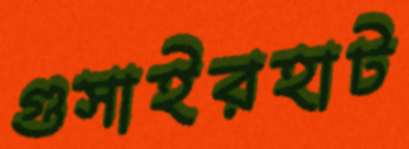
গুসাইরহাট